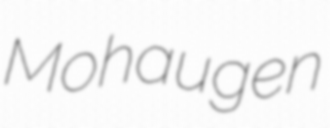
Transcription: Mohaugen